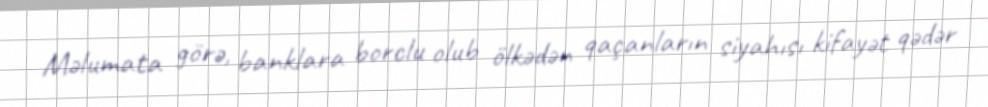
Məlumata görə, banklara borclu olub ölkədən qaçanların siyahısı kifayət qədər